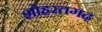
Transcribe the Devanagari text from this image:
शोहरतगढ़